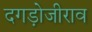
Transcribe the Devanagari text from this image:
दगड़ोजीराव